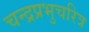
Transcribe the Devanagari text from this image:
चन्द्रप्रभुचरित्र